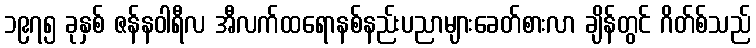
၁၉၇၅ ခုနှစ် ဇန်နဝါရီလ အီလက်ထရောနစ်နည်းပညာများခေတ်စားလာ ချိန်တွင် ဂိတ်စ်သည်